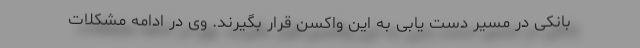
بانکی در مسیر دست یابی به این واکسن قرار بگیرند. وی در ادامه مشکلات